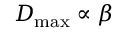
D _ { \mathrm { m a x } } \propto \beta